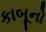
કાબૂનો